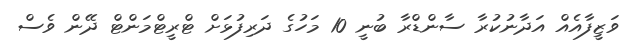
ވަޒީފާއެއް އަދާނުކުރާ ސާންޑްރާ ބުނީ 10 މަހުގެ ދަރިފުޅަށް ޓްރީޓްމަންޓް ދޭން ވެސް